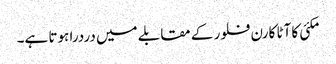
مکئی کا آٹا کارن فلور کے مقابلے میں دردرا ہوتا ہے۔